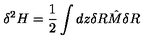
\delta ^ { 2 } H = \frac { 1 } { 2 } \int d z \delta R { \hat { M } } \delta R